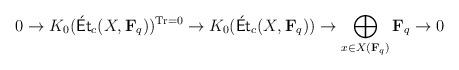
LaTeX: \begin{align*}0\rightarrow K_{0}(\mathsf{\acute{E}t}_{c}(X,\mathbf{F}_{q}))^{\operatorname*{Tr}=0}\rightarrow K_{0}(\mathsf{\acute{E}t}_{c}(X,\mathbf{F}_{q}))\rightarrow\bigoplus_{x\in X(\mathbf{F}_{q})}\mathbf{F}_{q}\rightarrow0\end{align*}